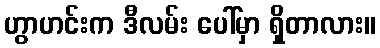
ဟွာဟင်းက ဒီလမ်း ပေါ်မှာ ရှိတာလား။